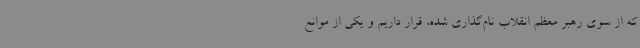
که از سوی رهبر معظم انقلاب نام‌گذاری شده، قرار داریم و یکی از موانع